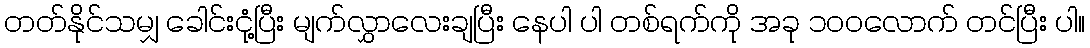
တတ်နိုင်သမျှ ခေါင်းငုံ့ပြီး မျက်လွှာလေးချပြီး နေပါ ပါ တစ်ရက်ကို အခု ၁၀၀လောက် တင်ပြီး ပါ။